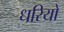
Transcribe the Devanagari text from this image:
धरियो